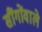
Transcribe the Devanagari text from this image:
सींगोंवाले